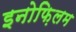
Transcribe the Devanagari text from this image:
इनोफ़िलम